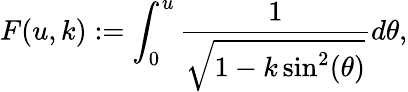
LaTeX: F(u,k):=\int_{0}^{u}\frac{1}{\sqrt{1-k\sin^{2}(\theta)}}d\theta,